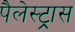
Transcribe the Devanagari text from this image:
पैलेस्ट्रास